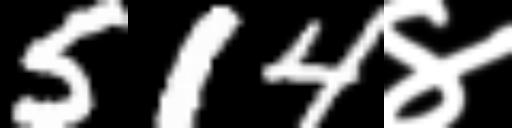
Text: 514४